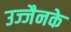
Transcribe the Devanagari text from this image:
उज्जैनके